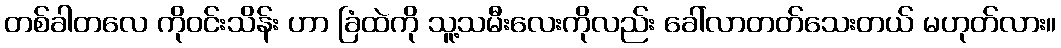
တစ်ခါတလေ ကိုဝင်းသိန်း ဟာ ခြံထဲကို သူ့သမီးလေးကိုလည်း ခေါ်လာတတ်သေးတယ် မဟုတ်လား။